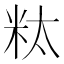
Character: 粏